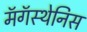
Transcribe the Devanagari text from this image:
मॅगॅस्थेनिस